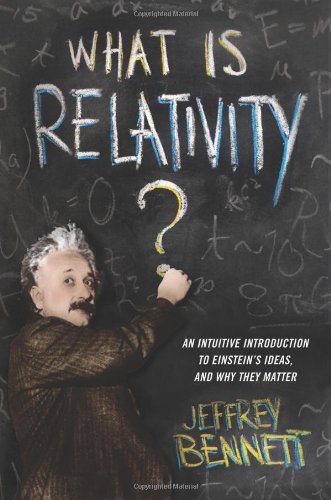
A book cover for What Is Relativity?: An Intuitive Introduction to Einstein's Ideas, and Why They Matter; Jeffrey Bennett; Science & Math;